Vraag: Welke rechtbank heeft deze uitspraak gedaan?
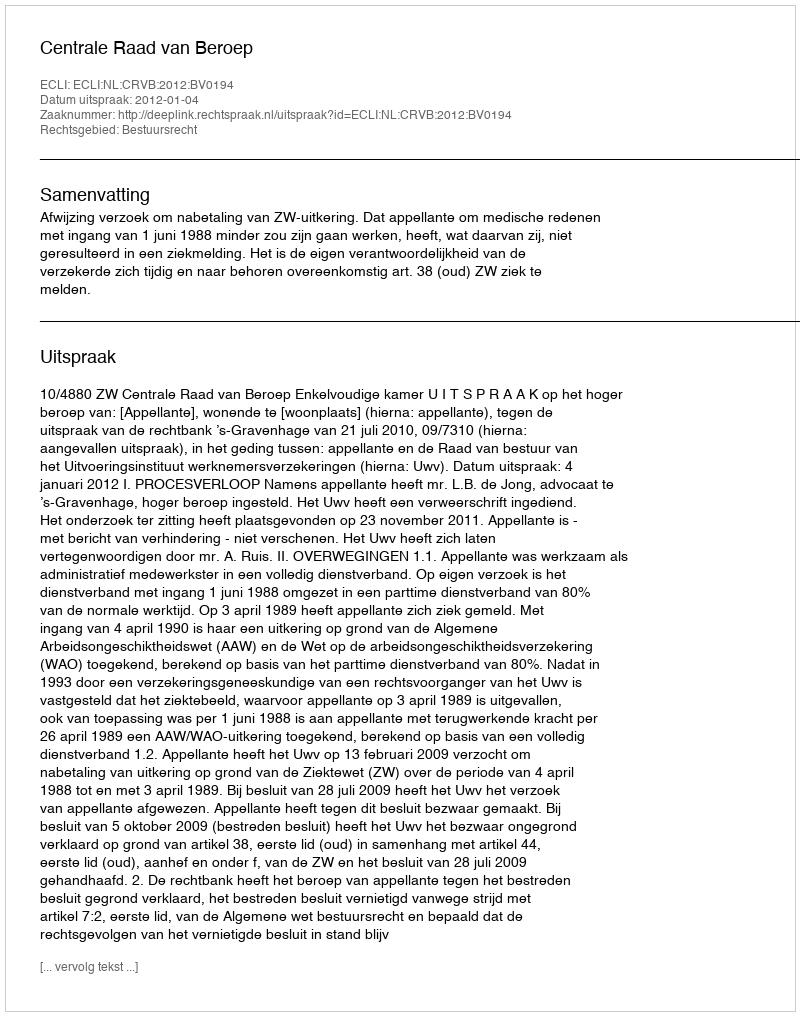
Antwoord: Centrale Raad van Beroep